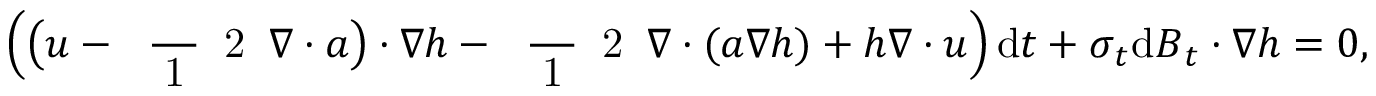
\Big ( \big ( \boldsymbol { u } - \mathrm { ~ \scriptsize ~ \frac ~ { ~ 1 ~ } ~ { ~ 2 ~ } ~ } \boldsymbol { \nabla } \boldsymbol { \cdot } \boldsymbol { a } \big ) \boldsymbol { \cdot } \boldsymbol { \nabla } h - \mathrm { ~ \scriptsize ~ \frac ~ { ~ 1 ~ } ~ { ~ 2 ~ } ~ } \boldsymbol { \nabla } \boldsymbol { \cdot } ( \boldsymbol { a } \boldsymbol { \nabla } h ) + h \boldsymbol { \nabla } \boldsymbol { \cdot } \boldsymbol { u } \Big ) \, \mathrm { d } t + \boldsymbol { \sigma } _ { t } \mathrm { d } \boldsymbol { B } _ { t } \boldsymbol { \cdot } \boldsymbol { \nabla } h = 0 ,